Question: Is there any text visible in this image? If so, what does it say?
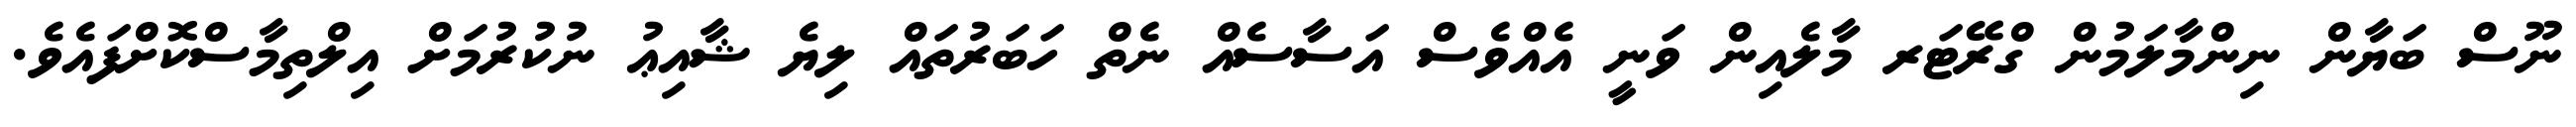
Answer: ނޫސް ބަޔާން ނިންމާލަމުން ގްރޭޓަރ މާލެއިން ވަނީ އެއްވެސް އަސާސެއް ނެތް ހަބަރުތައް ލިޔެ ޝާއިޢު ނުކުރުމަށް އިލްތިމާސްކޮށްފައެވެ.